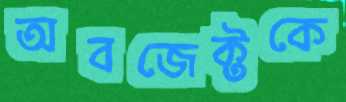
অবজেক্টকে